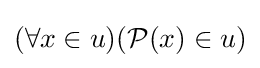
(\forall x\in u)({\mathcal {P}}(x)\in u)